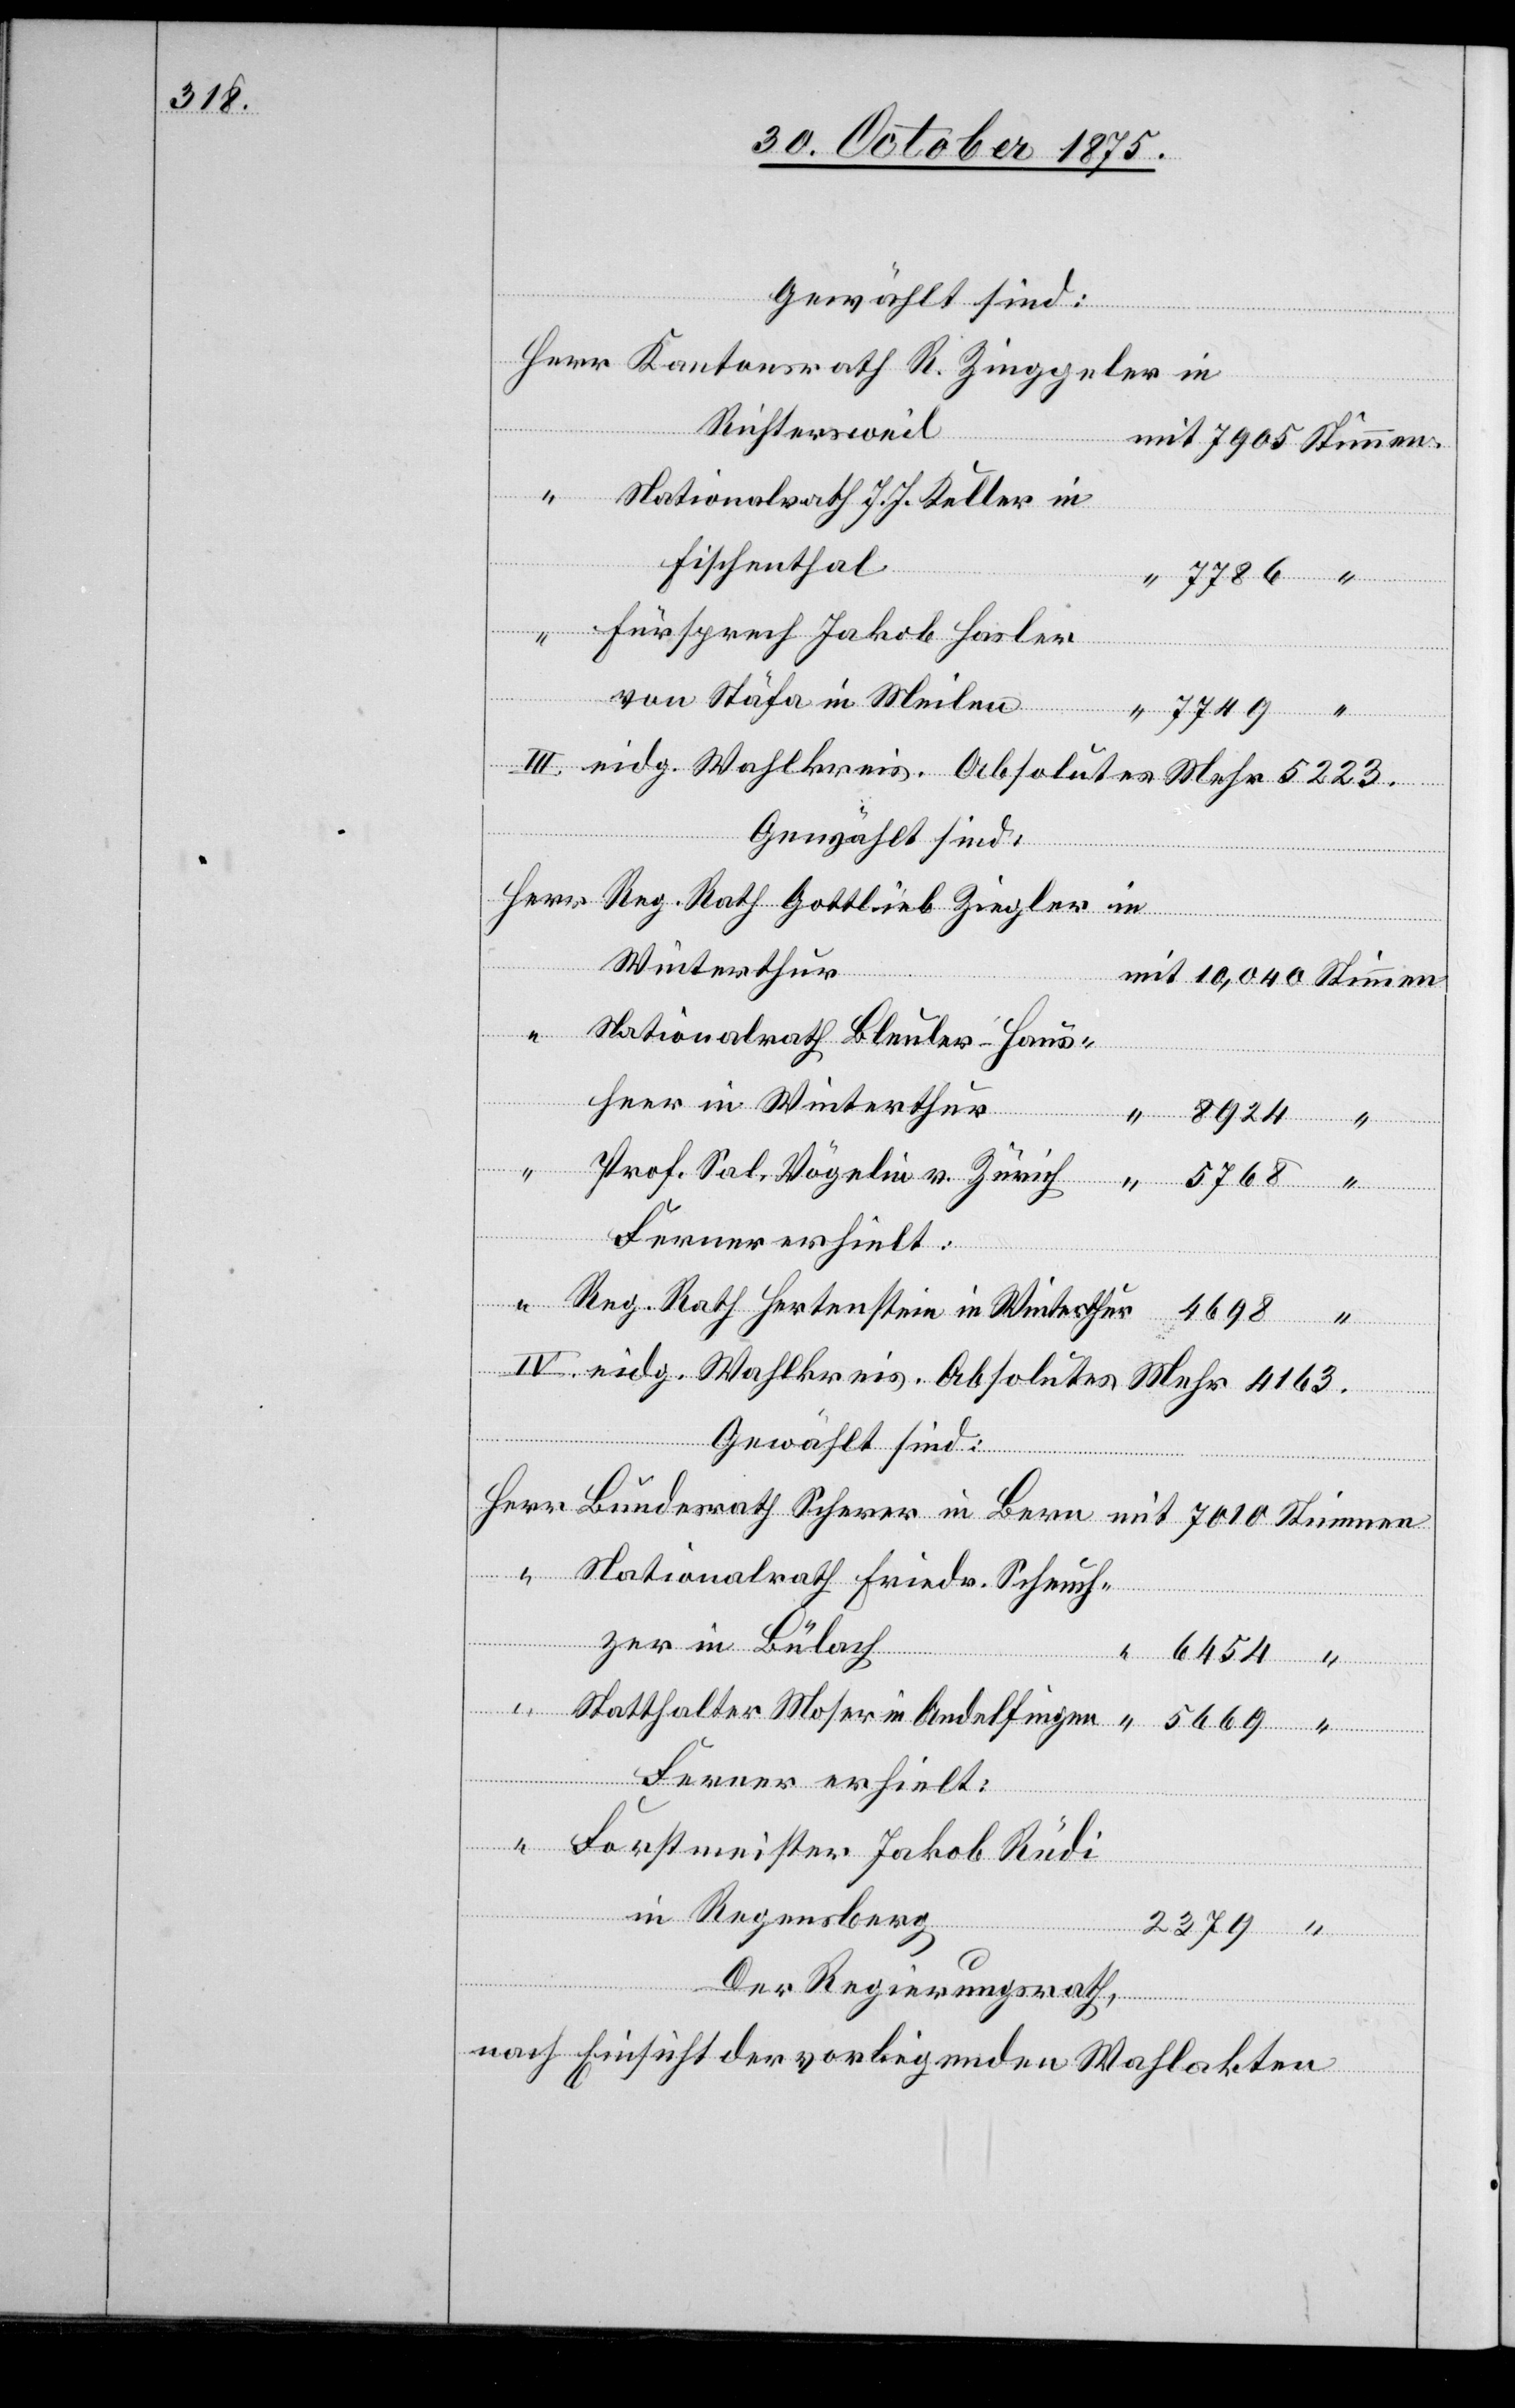
in

Richtersweil
Stimmen.
Nationalrath J. J. Keller in
Fischenthal
Fürsprech Jakob Hasler
von Stäfa in Meilen
III. eidg. Wahlkreis. Absolutes Mehr 5223.
Winterthur
ath R.
Nationalrath Bleuler-Haus¬
heer in Winterthur
Ferner erhielt:
Reg. Rath Hertenstein in Winterthur
IV. eidg. Wahlkreis. Absolutes Mehr 4163.
2379
Gewählt sind:
Nationalrath Friedr. Scheuch¬
zer in Bülach
in
Ferner erhielt:
Forstmeister Jakob Rüdi
in Regensberg
Der Regierungsrath,
nach Einsicht der vorliegenden Wahlakten